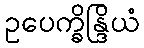
ဥပေက္ခိန္ဒြိယံ